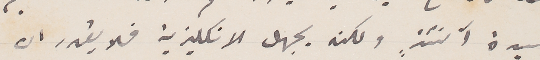
سيدة آنئذٍ ولكنه يجهل الانكليزية فلا يقدر ان